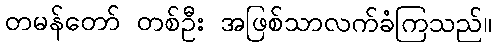
တမန်တော် တစ်ဦး အဖြစ်သာလက်ခံကြသည်။